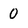
Character: 0